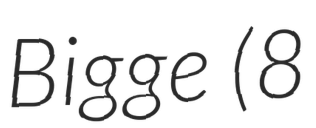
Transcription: Bigge (8